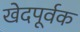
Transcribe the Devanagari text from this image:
खेदपूर्वक